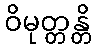
ဝိမုတ္တန္တိ